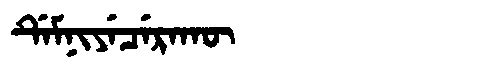
Manchu: ᡩᡝᠮᠨᡳᠶᡝᠴᡝᡵᠠᡴᡡ
Romanization: DEMNIYECERAKŪ